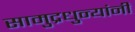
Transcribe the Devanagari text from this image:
सामुद्रधुन्यांनी